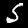
Digit: 5